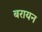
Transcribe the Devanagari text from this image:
बरायन